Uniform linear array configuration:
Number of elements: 12
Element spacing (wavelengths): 1
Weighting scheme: uniform
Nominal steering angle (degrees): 30
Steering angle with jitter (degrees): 29.682
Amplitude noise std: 0.05
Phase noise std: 0.05

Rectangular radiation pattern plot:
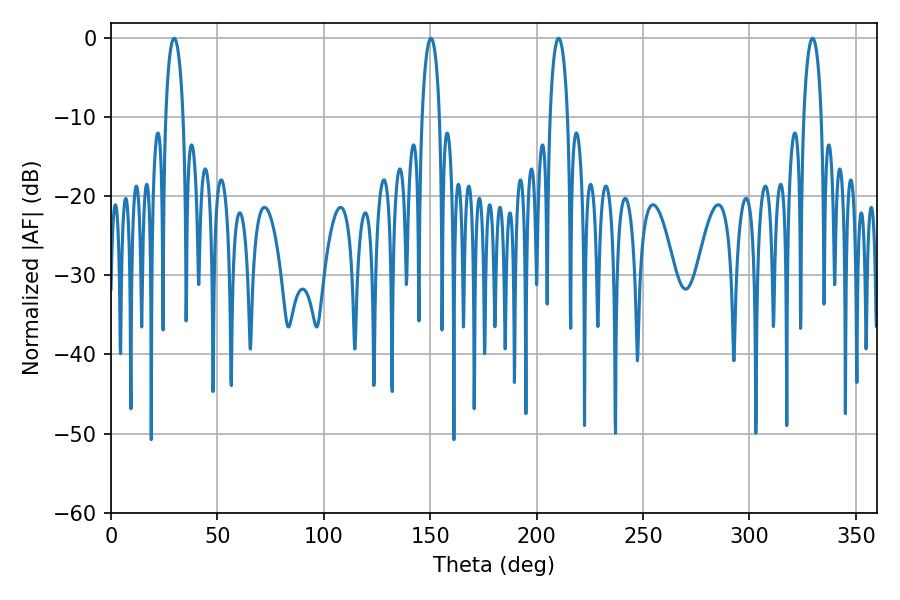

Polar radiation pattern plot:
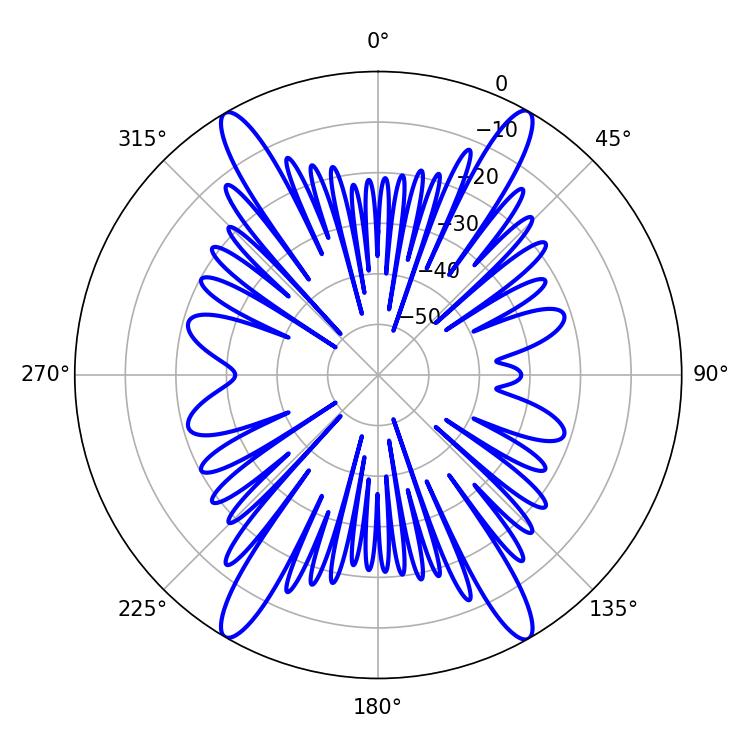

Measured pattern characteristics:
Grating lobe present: TRUE
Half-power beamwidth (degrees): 4.68
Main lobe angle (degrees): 29.7